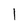
Character: I